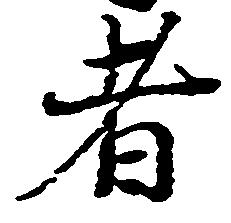
者